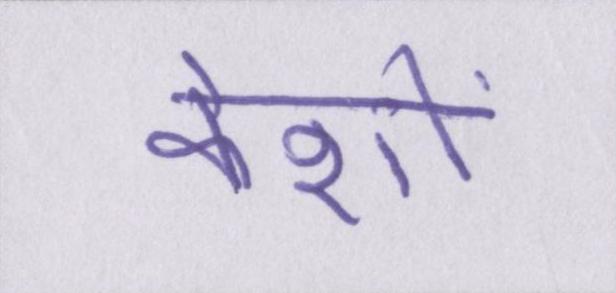
केशों